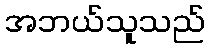
အဘယ်သူသည်